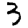
Digit: 3